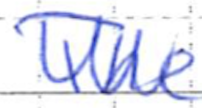
Text: The
Cross-out: zig-zag
Writing tool: ballpoint